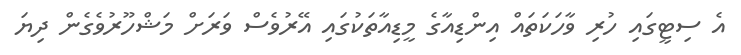
އެ ސިޓީގައި ހުރި ވާހަކަތައް އިންޑިއާގެ މީޑިއާތަކުގައި އޭރުވެސް ވަރަށް މަޝްހޫރުވެގެން ދިޔަ